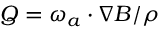
Q = \boldsymbol { \omega } _ { a } \cdot \nabla B / \rho